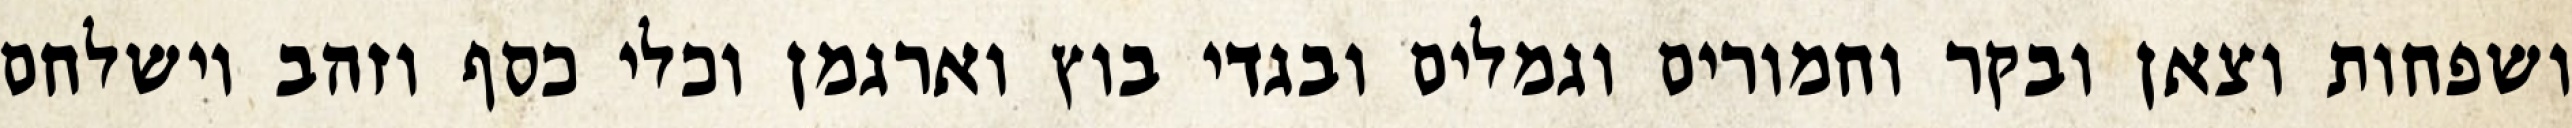
ושפחות וצאן ובקר וחמורים וגמלים ובגדי בוץ וארגמן וכלי כסף וזהב וישלחם